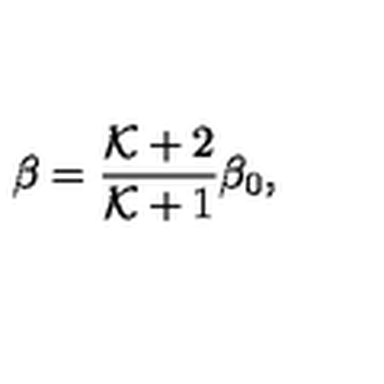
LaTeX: \beta = { \frac { { \cal K } + 2 } { { \cal K } + 1 } } \beta _ { 0 } ,